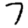
Digit: 7